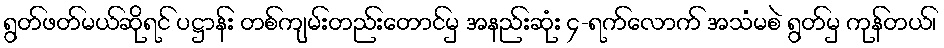
ရွတ်ဖတ်မယ်ဆိုရင် ပဋ္ဌာန်း တစ်ကျမ်းတည်းတောင်မှ အနည်းဆုံး ၄-ရက်လောက် အသံမစဲ ရွတ်မှ ကုန်တယ်၊